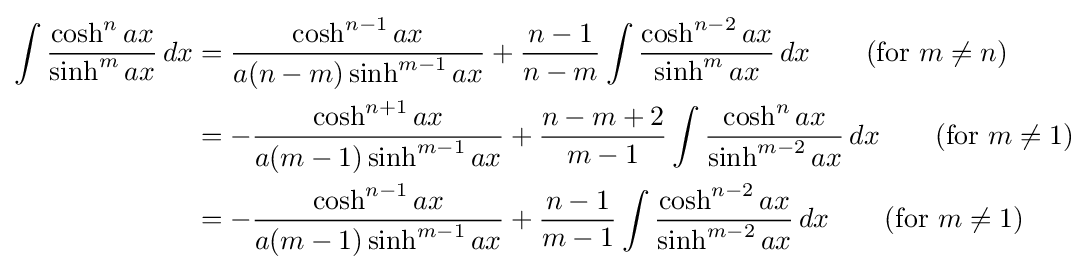
{\begin{aligned}\int {\frac {\cosh ^{n}ax}{\sinh ^{m}ax}}\,dx&={\frac {\cosh ^{n-1}ax}{a(n-m)\sinh ^{m-1}ax}}+{\frac {n-1}{n-m}}\int {\frac {\cosh ^{n-2}ax}{\sinh ^{m}ax}}\,dx\qquad {\mbox{(for }}m\neq n{\mbox{)}}\\&=-{\frac {\cosh ^{n+1}ax}{a(m-1)\sinh ^{m-1}ax}}+{\frac {n-m+2}{m-1}}\int {\frac {\cosh ^{n}ax}{\sinh ^{m-2}ax}}\,dx\qquad {\mbox{(for }}m\neq 1{\mbox{)}}\\&=-{\frac {\cosh ^{n-1}ax}{a(m-1)\sinh ^{m-1}ax}}+{\frac {n-1}{m-1}}\int {\frac {\cosh ^{n-2}ax}{\sinh ^{m-2}ax}}\,dx\qquad {\mbox{(for }}m\neq 1{\mbox{)}}\end{aligned}}